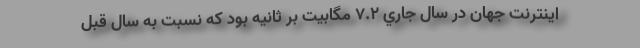
اينترنت جهان در سال جاري ۷.۲ مگابيت‌ بر ثانيه بود كه نسبت به سال قبل